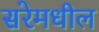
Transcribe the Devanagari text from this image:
सरेमधील